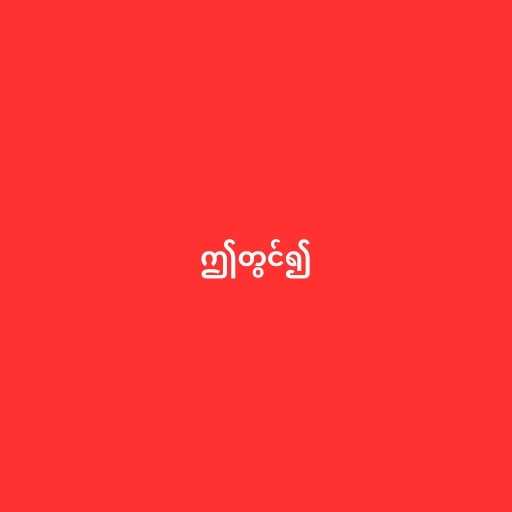
ဤတွင်၍